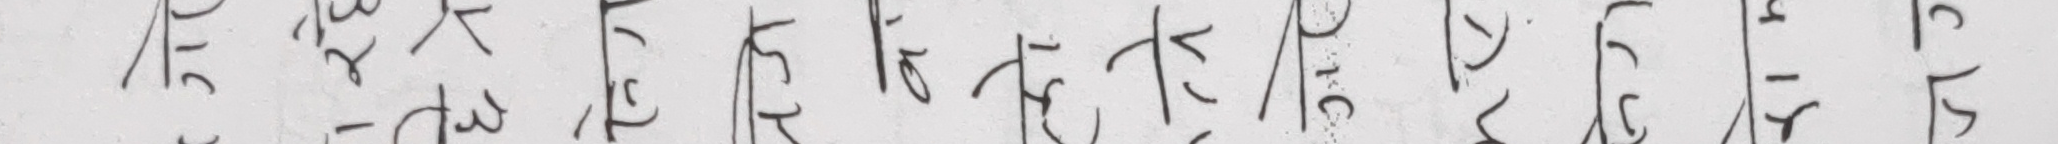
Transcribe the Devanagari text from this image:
जष्टृ हरिकुमार पालेन यरत हरराज ल०